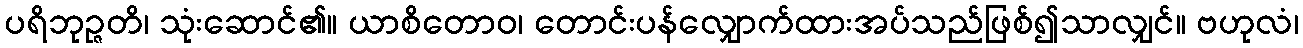
ပရိဘုဉ္ဇတိ၊ သုံးဆောင်၏။ ယာစိတောဝ၊ တောင်းပန်လျှောက်ထားအပ်သည်ဖြစ်၍သာလျှင်။ ဗဟုလံ၊